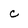
Character: c